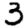
Digit: 3